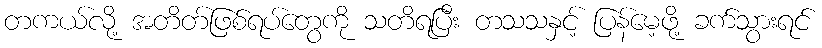
တကယ်လို့ အတိတ်ဖြစ်ရပ်တွေကို သတိရပြီး တသသနှင့် ပြန်မေ့ဖို့ ခက်သွားရင်